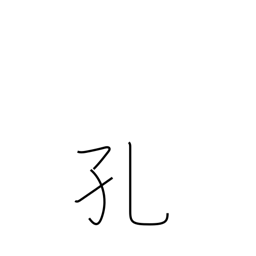
Meaning: cavity